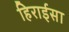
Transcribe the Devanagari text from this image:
हिराईसा